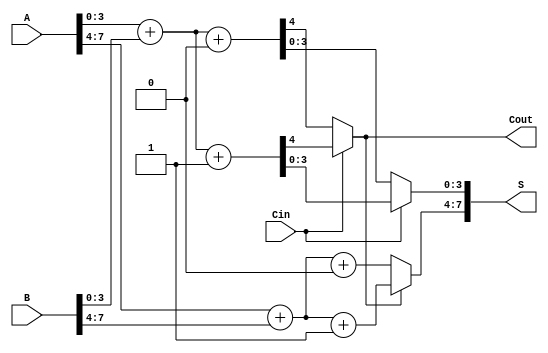
module carry_select_adder #(parameter N = 8, parameter M = 4) (
    input [N-1:0] A,        // First operand
    input [N-1:0] B,        // Second operand
    input Cin,              // Carry input
    output [N-1:0] S,       // Sum output
    output Cout             // Carry output
);

    // Number of blocks
    localparam NUM_BLOCKS = N / M;

    // Internal signals
    wire [N-1:0] S0, S1;    // Sums for carry-in 0 and 1
    wire [NUM_BLOCKS:0] C0, C1; // Carry outputs for carry-in 0 and 1

    // Generate block-wise sum and carry outputs
    genvar i;
    generate
        for (i = 0; i < NUM_BLOCKS; i = i + 1) begin : block
            wire [M-1:0] A_block = A[M*i +: M];
            wire [M-1:0] B_block = B[M*i +: M];

            // Calculate S0 and S1 for each block
            assign {C0[i], S0[M*i +: M]} = A_block + B_block + 1'b0;  // Carry-in 0
            assign {C1[i], S1[M*i +: M]} = A_block + B_block + 1'b1;  // Carry-in 1
        end
    endgenerate

    // Carry select logic
    wire [NUM_BLOCKS-1:0] carry_select;
    assign carry_select[0] = Cin;

    // Generate carry for each block
    genvar j;
    generate
        for (j = 0; j < NUM_BLOCKS - 1; j = j + 1) begin : carry_logic
            assign carry_select[j + 1] = carry_select[j] ? C1[j] : C0[j];
        end
    endgenerate

    // Final sum and carry out selection
    generate
        for (j = 0; j < NUM_BLOCKS; j = j + 1) begin : sum_logic
            assign S[M*j +: M] = carry_select[j] ? S1[M*j +: M] : S0[M*j +: M];
        end
    endgenerate

    assign Cout = carry_select[NUM_BLOCKS - 1];

endmodule